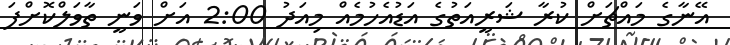
އޭނާގެ މައްޗަށް ކުރާ ޝަރީއަތުގެ އަޑުއެހުމެއް މިއަދު 2:00 އަށް ވަނީ ތާވަލްކޮށްފަ